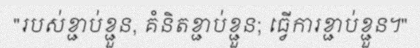
"របស់ខ្ជាប់ខ្ជួន, គំនិតខ្ជាប់ខ្ជួន; ធ្វើការខ្ជាប់ខ្ជួន។"